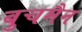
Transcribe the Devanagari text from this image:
बुचमैन